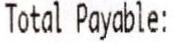
TOTAL PAYABLE: